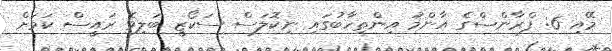
މޭއި 6: ފްރާންސްގެ އާންމު އިންތިހާބުގައި ނިކޮލަސް ސަކޯޒީ ބަލިވެ ރައީސް ކަމަށް